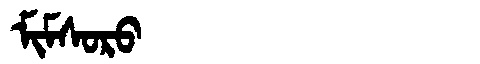
Manchu: ᠮᡳᠮᠰᠣᡵᠣ
Romanization: MIMSORO